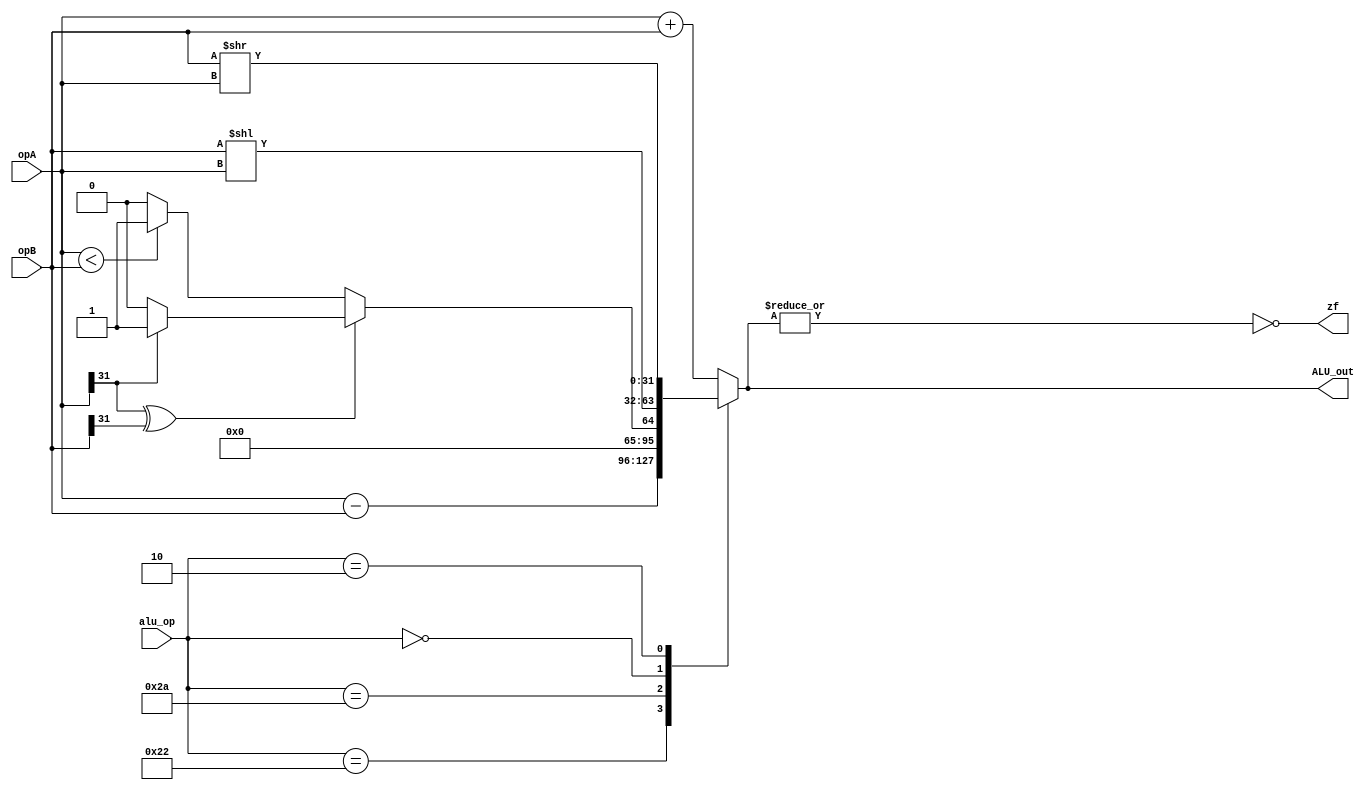
`timescale 1ns/1ps

module alu(
	input [31:0] opA,
	input [31:0] opB,
	input [5:0] alu_op,
	output reg zf,
	output reg [31:0] ALU_out
);

// Parameters for func/opcode
	parameter ADD = 6'h20;
	parameter SUB = 6'h22;
	parameter SLT = 6'h2a;
	parameter SLL = 6'h00;
	parameter SRL = 6'h02;

// ALU ops:
// 0x20: Add
// 0x22: Sub
// 0x2A: set less than
// 0x00: Shift left
// 0x02: Shift right
	always@(*) begin
		case(alu_op)
			ADD: ALU_out = opA + opB;
			SUB: ALU_out = opA - opB;
			SLT: begin
					if( ((opA[31])^(opB[31])) == 1'b1 )
						if(opA[31] == 1'b0)
							ALU_out = 32'd0;
						else
							ALU_out = 32'd1;
					else
						ALU_out = (opA < opB)? 32'd1 : 32'd0;
				end
			SLL: ALU_out = opB << opA;
			SRL: ALU_out = opB >> opA;
			default: ALU_out = opA + opB;
		endcase
		zf = ~|ALU_out;
	end

endmodule